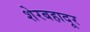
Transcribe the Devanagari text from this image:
शेरबहादूर